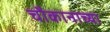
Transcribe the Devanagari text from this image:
चौकानाच्या